Report of the Bombay Plague Committee
Disease focus: Plague
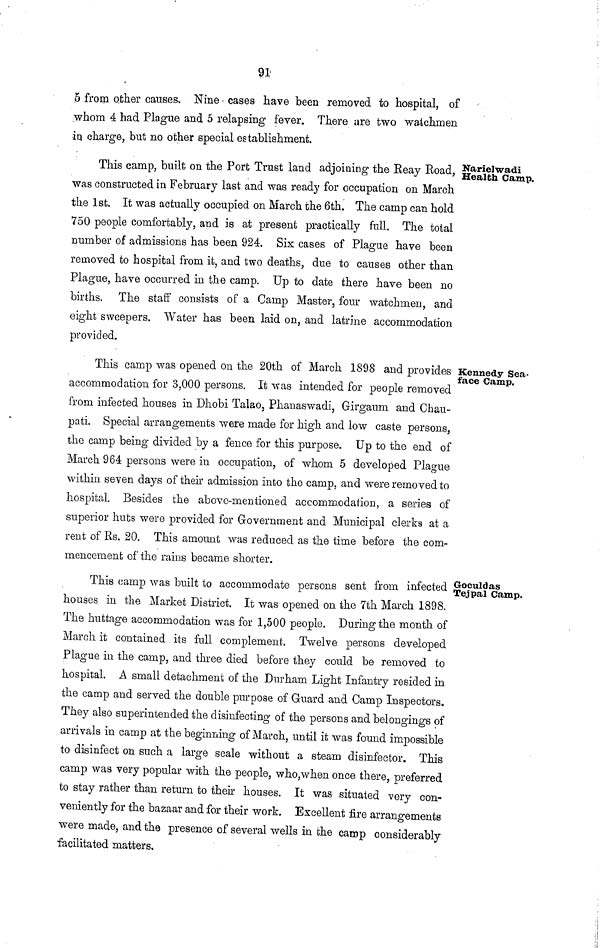
91
5 from other causes. Nine cases have been removed to hospital, of
whom 4 had Plague and 5 relapsing fever. There are two watchmen
in charge, but no other special establishment.
Narielwadi
Health Camp.
This camp, built on the Port Trust land adjoining the Reay Road,
was constructed in February last and was ready for occupation on March
the 1st. It was actually occupied on March the 6th. The camp can hold
750 people comfortably, and is at present practically full. The total
number of admissions has been 924. Six cases of Plague have been
removed to hospital from it, and two deaths, due to causes other than
Plague, have occurred in the camp. Up to date there have been no
births. The staff consists of a Camp Master, four watchmen, and
eight sweepers. Water has been laid on, and latrine accommodation
provided.
Kennedy Sea-
face Gamp.
This camp was opened on the 20th of March 1898 and provides I
accommodation for 3,000 persons. It was intended for people removed
from infected houses in Dhobi Talao, Phanaswadi, Girgaum and Chau-
pati. Special arrangements were made for high and low caste persons,
the camp being divided by a fence for this purpose. Up to the end of
March 964 persons were in occupation, of whom 5 developed Plague
within seven days of their admission into the camp, and were removed to
hospital. Besides the above-mentioned accommodation, a series of
superior huts were provided for Government and Municipal clerks at a
rent of Rs. 20. This amount was reduced as the time before the com-
mencement of the rains became shorter.
Groculdas
Tejpal Camp,
This camp was built to accommodate persons sent from infected
houses in the Market District. It was opened on the 7th March 1898.
The huttage accommodation was for 1,500 people. During the month of
March it contained its full complement. Twelve persons developed
Plague in the camp, and three died before they could be removed to
hospital. A small detachment of the Durham Light Infantry resided in
the camp and served the double purpose of Guard and Camp Inspectors.
They also superintended the disinfecting of the persons and belongings of
arrivals in camp at the beginning of March, until it was found impossible
to disinfect on such a large scale without a steam disinfector. This
camp was very popular with the people, who,when once there, preferred
to stay rather than return to their houses. It was situated very con-
veniently for the bazaar and for their work. Excellent fire arrangements
were made, and the presence of several wells in the camp considerably
facilitated matters.